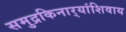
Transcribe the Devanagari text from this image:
समुद्रकिनार्‍यांशिवाय